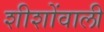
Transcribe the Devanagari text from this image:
शीशोंवाली